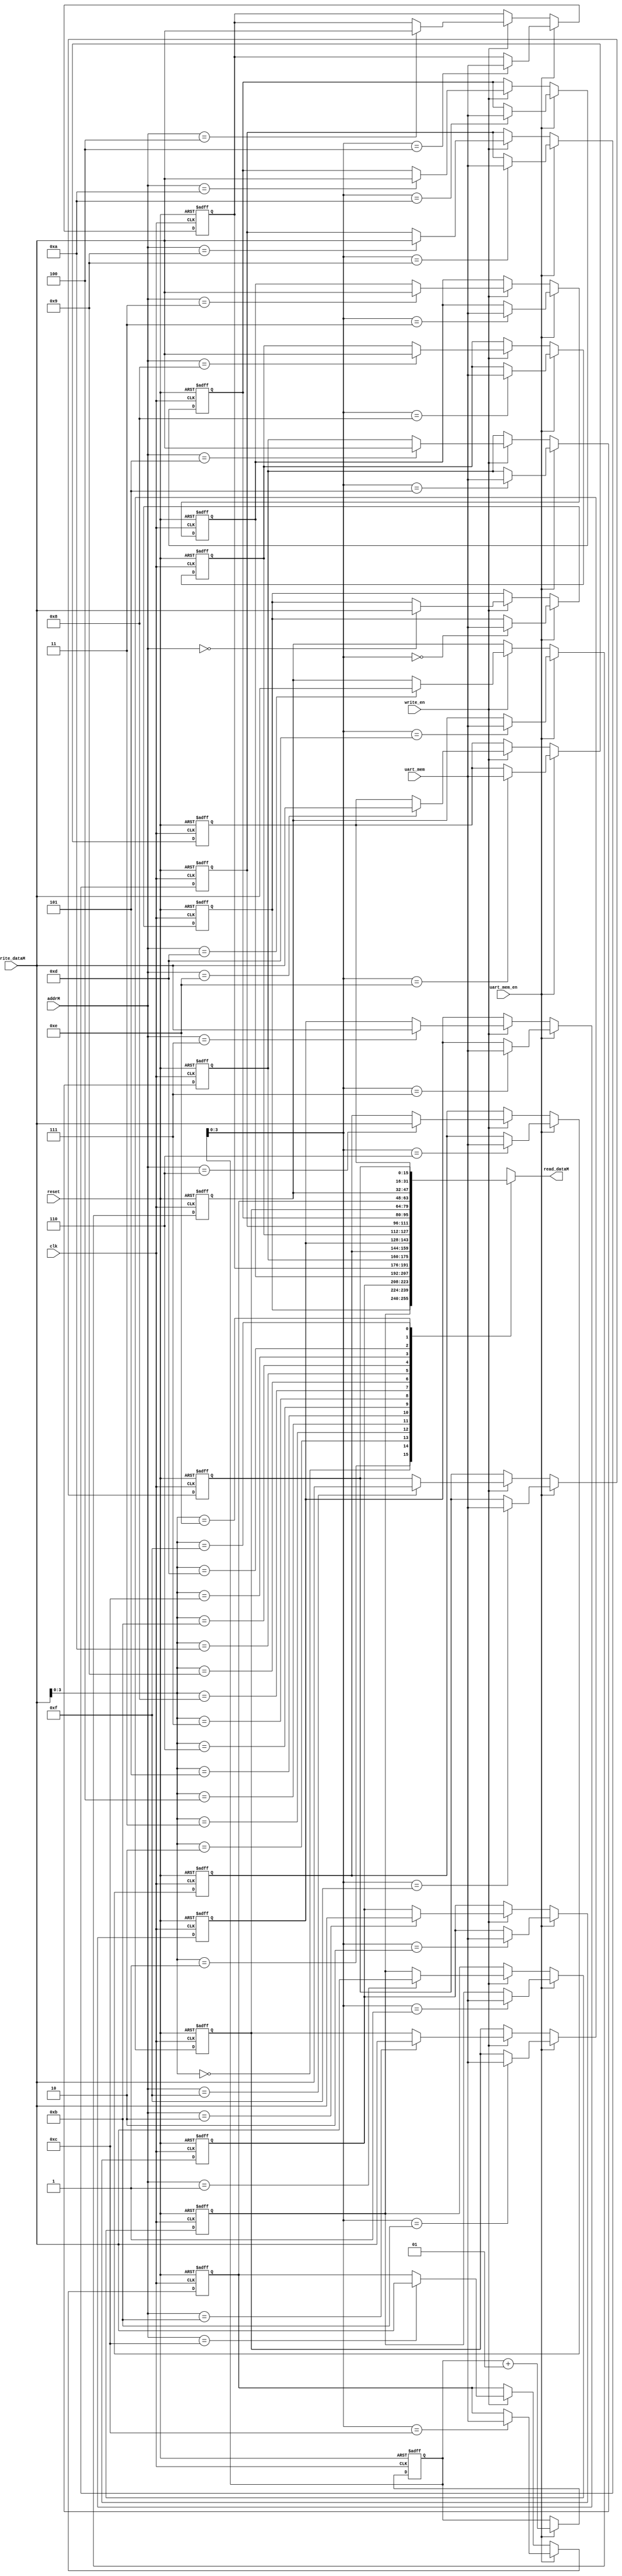
module MemoryData(
    input                  clk, reset, write_en,
    input      [3:0]       addrM,
    input                  uart_mem_en, //edit
    input      [15:0]      uart_mem,
    input      [15:0]      write_dataM,
    output     [15:0]      read_dataM
);//1KB memory
//done signal?

integer i;
integer k;

reg [15:0] mem[15:0];

always@(negedge clk or negedge reset)begin
    if(~reset)begin
        for(i=0; i<16; i=i+1)begin
            mem[i] <= i;
        end
        k <= 0;
    end
    else if(uart_mem_en)begin
        mem[k] <= uart_mem;
        k <= k + 1;
    end
    else if(write_en)
        mem[addrM] <= write_dataM;
end

assign read_dataM = mem[write_dataM];

endmodule

//CRC    data 
//CRC  UART, ALU CRC ?
//